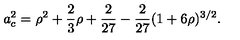
a _ { c } ^ { 2 } = \rho ^ { 2 } + \frac { 2 } { 3 } \rho + \frac { 2 } { 2 7 } - \frac { 2 } { 2 7 } ( 1 + 6 \rho ) ^ { 3 / 2 } .